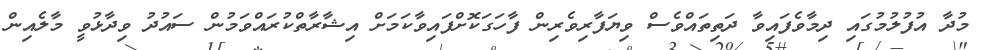
މުދާ އުފުލުމުގައި ދިމާވެފައިވާ ދަތިތައްވެސް ވިޔަފާރިވެރިން ފާހަގަކޮށްފައިވާކަމަށް އިޝާރާތްކުރައްވަމުން ސައުދު ވިދާޅުވީ މާލެއިން